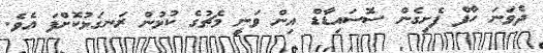
ދެވަނަ ހާފް ފެށިގެން ސޮސައިޑާޑް އިން ވަނީ މެޗުގެ ކުޅުން ރަނގަޅުކޮށްފަ އެވެ.